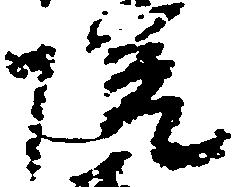
院